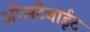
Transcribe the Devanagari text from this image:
ऑसटेनाईट